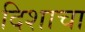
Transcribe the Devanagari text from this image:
दिशाचा